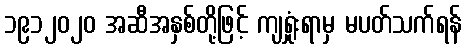
၁၉၁၂၀၂၀ အဆီအနှစ်တို့ဖြင့် ကျရှုံးရာမှ မပတ်သက်ရန်